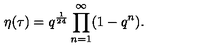
\eta ( \tau ) = q ^ { \frac { 1 } { 2 4 } } \prod _ { n = 1 } ^ { \infty } ( 1 - q ^ { n } ) .